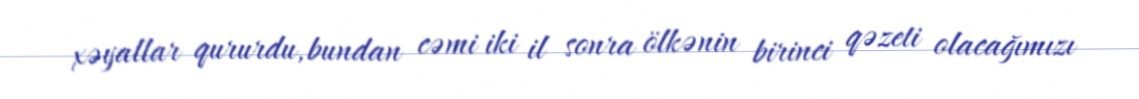
xəyallar qururdu, bundan cəmi iki il sonra ölkənin birinci qəzeti olacağımızı